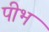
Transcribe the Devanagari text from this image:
पीभ